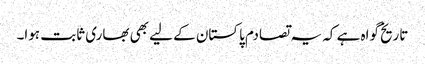
تاریخ گواہ ہے کہ یہ تصادم پاکستان کے لیے بھی بھاری ثابت ہوا۔